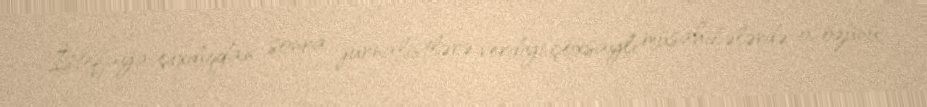
İstefaya çıxdıqdan sonra jurnalistlərə verdiyi çoxsaylı müsahibələrdə o, özünü